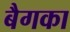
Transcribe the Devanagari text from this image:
बैगका